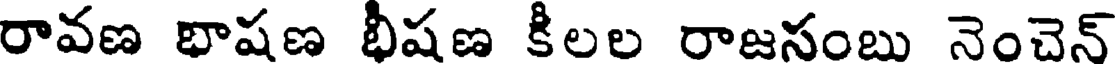
రావణ భాషణ భీషణ కీలల రాజసంబు నెంచెన్